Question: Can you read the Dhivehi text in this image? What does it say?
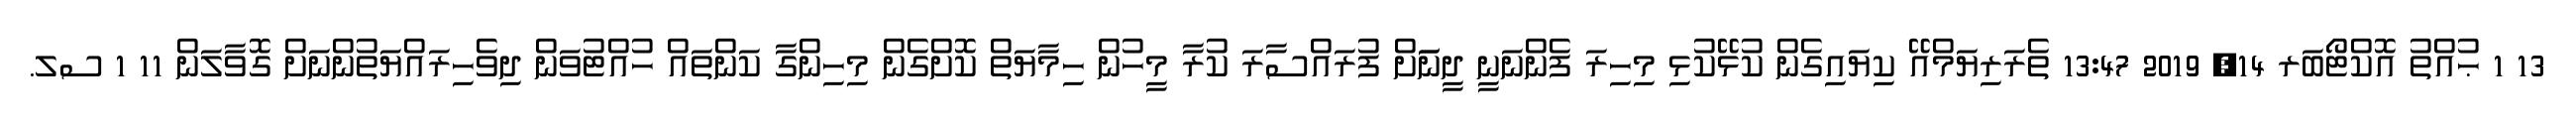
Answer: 13 1 ޙުއްތު އޮކްޓޯބަރ 14, 2019 13:47 ތެރަރިޔަމްއޭ ކިޔައިގެން ކުޅޭކުޅި މިހިރަ ފެންނަނީ ދީނަަށް ފުރައްސާރަ ކުރާ މީހުން ހިމާޔަތް ކޮށްގެން މިހިންގާ ކަންތައް ހުއްޓުވަން ދިވެހިރައްޔަތުންނަށް ގޮވާލަން 11 1 ސލ.